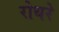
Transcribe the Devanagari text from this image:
रोथरे